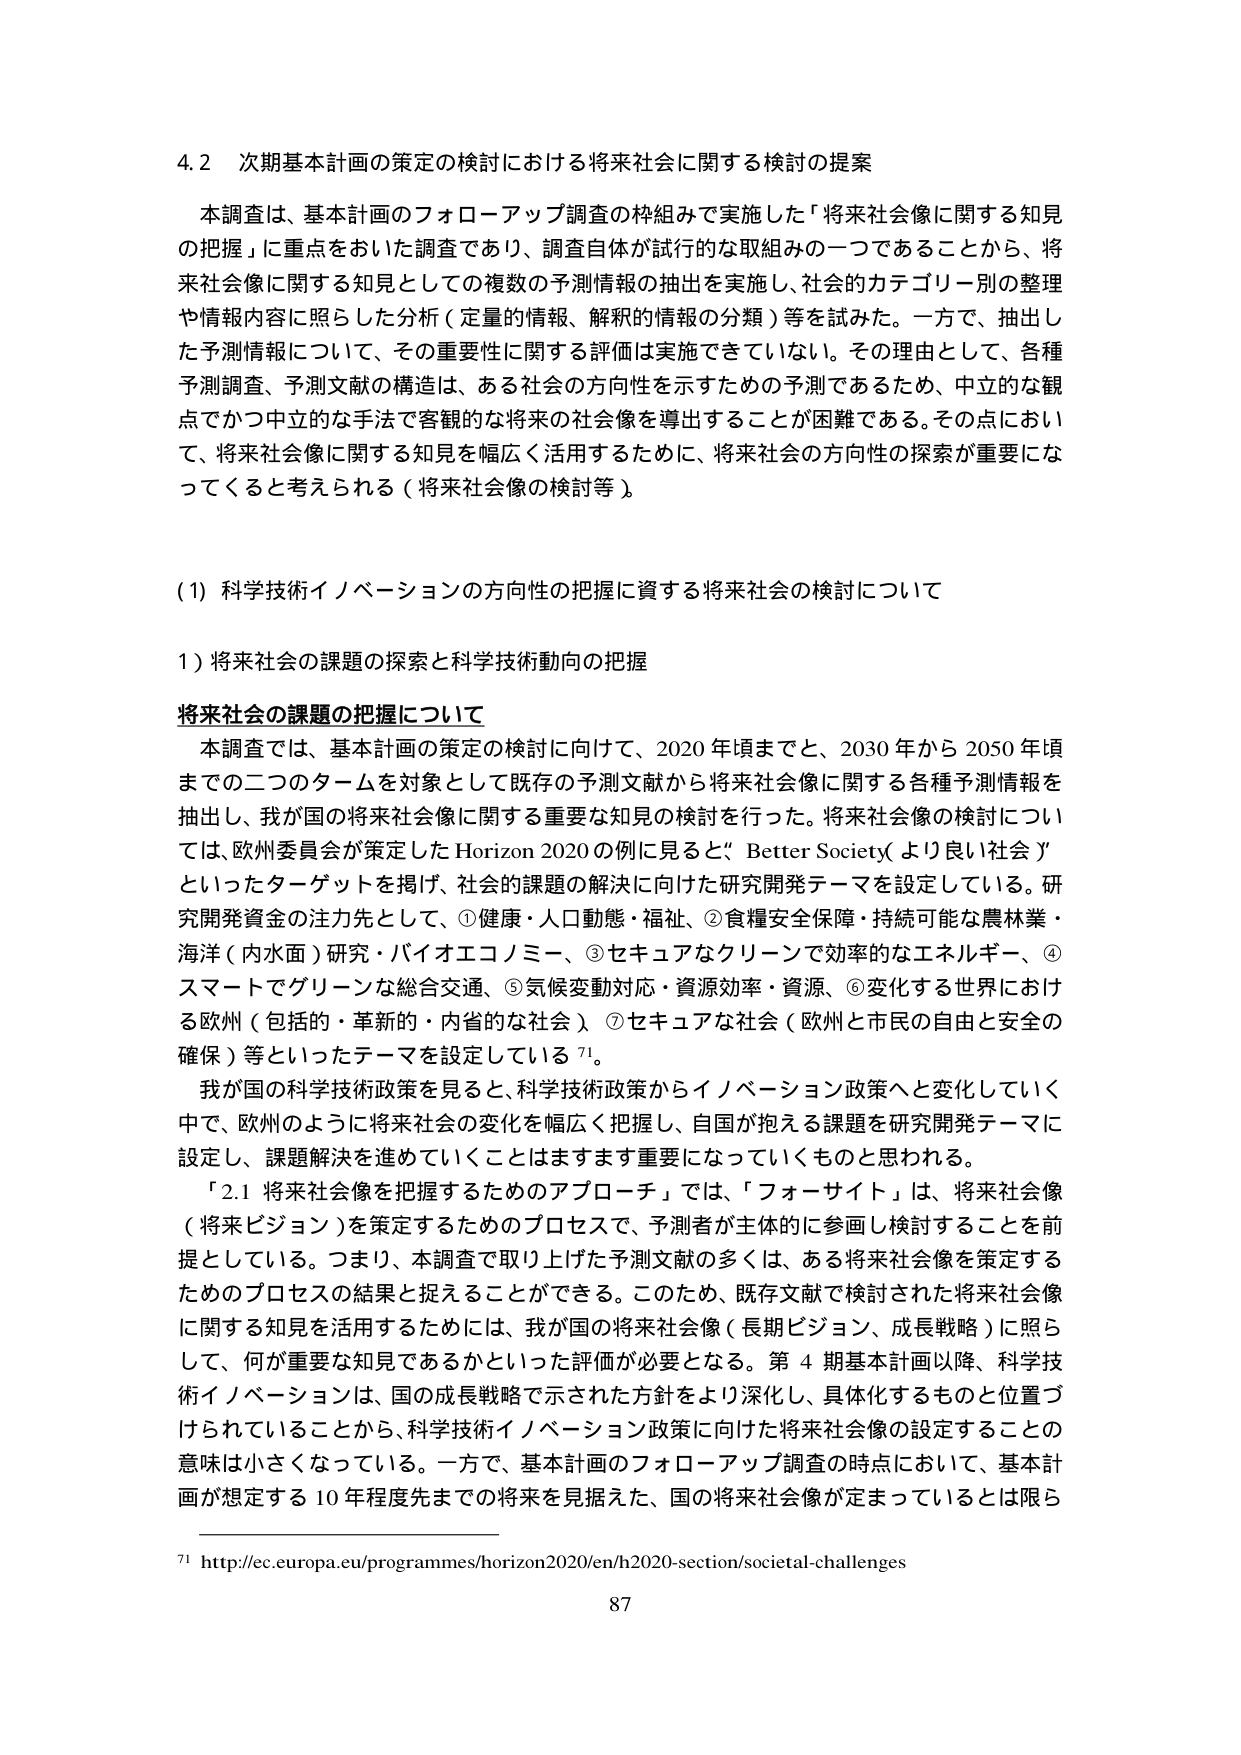
4.2 次期基本計画の策定の検討における将来社会に関する検討の提案

本調査は、基本計画のフォローアップ調査の枠組みで実施した「将来社会像に関する知見の把握」に重点をおいた調査であり、調査自体が試行的な取組みの一つであることから、将来社会像に関する知見としての複数の予測情報の抽出を実施し、社会的カテゴリー別の整理や情報内容に照らした分析（定量的情報、解釈的情報の分類）等を試みた。一方で、抽出した予測情報について、その重要性に関する評価は実施できていない。その理由として、各種予測調査、予測文献の構造は、ある社会の方向性を示すための予測であるため、中立的な観点でかつ中立的な手法で客観的な将来の社会像を導出することが困難である。その点において、将来社会像に関する知見を幅広く活用するために、将来社会の方向性の探索が重要になってくると考えられる（将来社会像の検討等）。

(1) 科学技術イノベーションの方向性の把握に資する将来社会の検討について

1) 将来社会の課題の探索と科学技術動向の把握

将来社会の課題の把握について

本調査では、基本計画の策定の検討に向けて、2020年頃までと、2030年から2050年頃までの二つのタームを対象として既存の予測文献から将来社会像に関する各種予測情報を抽出し、我が国の将来社会像に関する重要な知見の検討を行った。将来社会像の検討については、欧州委員会が策定したHorizon 2020の例に見ると、「Better Society（より良い社会）」といったターゲットを掲げ、社会的課題の解決に向けた研究開発テーマを設定している。研究開発資金の注力先として、①健康・人口動態・福祉、②食糧安全保障・持続可能な農林業・海洋（内水面）研究・バイオエコノミー、③セキュアなクリーンで効率的なエネルギー、④スマートでグリーンな総合交通、⑤気候変動対応・資源効率・資源、⑥変化する世界における欧州（包括的・革新的・内省的な社会）、⑦セキュアな社会（欧州と市民の自由と安全の確保）等といったテーマを設定している71。

我が国の科学技術政策を見ると、科学技術政策からイノベーション政策へと変化していく中で、欧州のように将来社会の変化を幅広く把握し、自国が抱える課題を研究開発テーマに設定し、課題解決を進めていくことはますます重要になっていくものと思われる。

「2.1 将来社会像を把握するためのアプローチ」では、「フォーサイト」は、将来社会像（将来ビジョン）を策定するためのプロセスで、予測者が主体的に参画し検討することを前提としている。つまり、本調査で取り上げた予測文献の多くは、ある将来社会像を策定するためのプロセスの結果と捉えることができる。このため、既存文献で検討された将来社会像に関する知見を活用するためには、我が国の将来社会像（長期ビジョン、成長戦略）に照らして、何が重要な知見であるかといった評価が必要となる。第4期基本計画以降、科学技術イノベーションは、国の成長戦略で示された方針をより深化し、具体化するものと位置づけられていることから、科学技術イノベーション政策に向けた将来社会像の設定することの意味は小さくなっている。一方で、基本計画のフォローアップ調査の時点において、基本計画が想定する10年程度先までの将来を見据えた、国の将来社会像が定まっているとは限ら

71 http://ec.europa.eu/programmes/horizon2020/en/h2020-section/societal-challenges

87